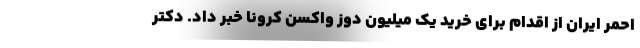
احمر ایران از اقدام برای خرید یک میلیون دوز واکسن کرونا خبر داد. دکتر